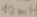
Text: 12mh